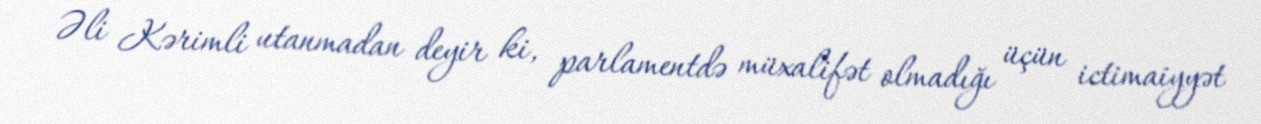
Əli Kərimli utanmadan deyir ki, parlamentdə müxalifət olmadığı üçün ictimaiyyət